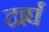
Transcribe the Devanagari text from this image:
दार्घ